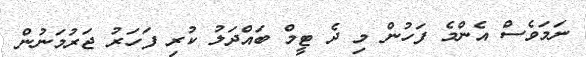
ނަމަވެސް އެންމެ ފަހުން މި ދެ ޓީމް ބައްދަލު ކުރި ފަހަރު ޖަރުމަނުން